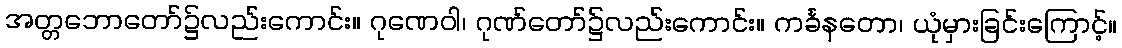
အတ္တဘောတော်၌လည်းကောင်း။ ဂုဏေဝါ၊ ဂုဏ်တော်၌လည်းကောင်း။ ကင်္ခနတော၊ ယုံမှားခြင်းကြောင့်။